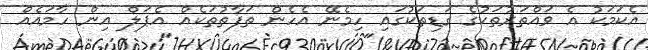
އެކަމަކު އެ ވައްތަރުތަކުގެ ގަޑިތަކުގައި ހިމެނޭ އެހެން ތަފާތުތަކެއް އެޕަލް އިން ހާމައެއް